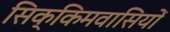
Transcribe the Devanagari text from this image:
सिक्किमवासियों